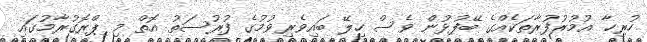
ހުރިހާ އުމުރުފުރާތަކެއްގެ ބޭފުޅުން ވެސް ހިލޭ ބައިވެރިވުމުގެ ފުރުސަތު އޮތް މި ޕްރޮގުރާމުގައި